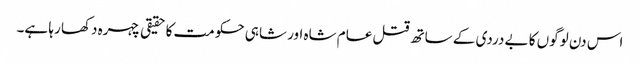
اس دن لوگوں کا بے دردی کے ساتھ قتل عام شاہ اور شاہی حکومت کا حقیقی چہرہ دکھا رہا ہے۔